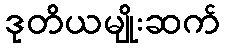
ဒုတိယမျိုးဆက်